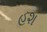
હશ